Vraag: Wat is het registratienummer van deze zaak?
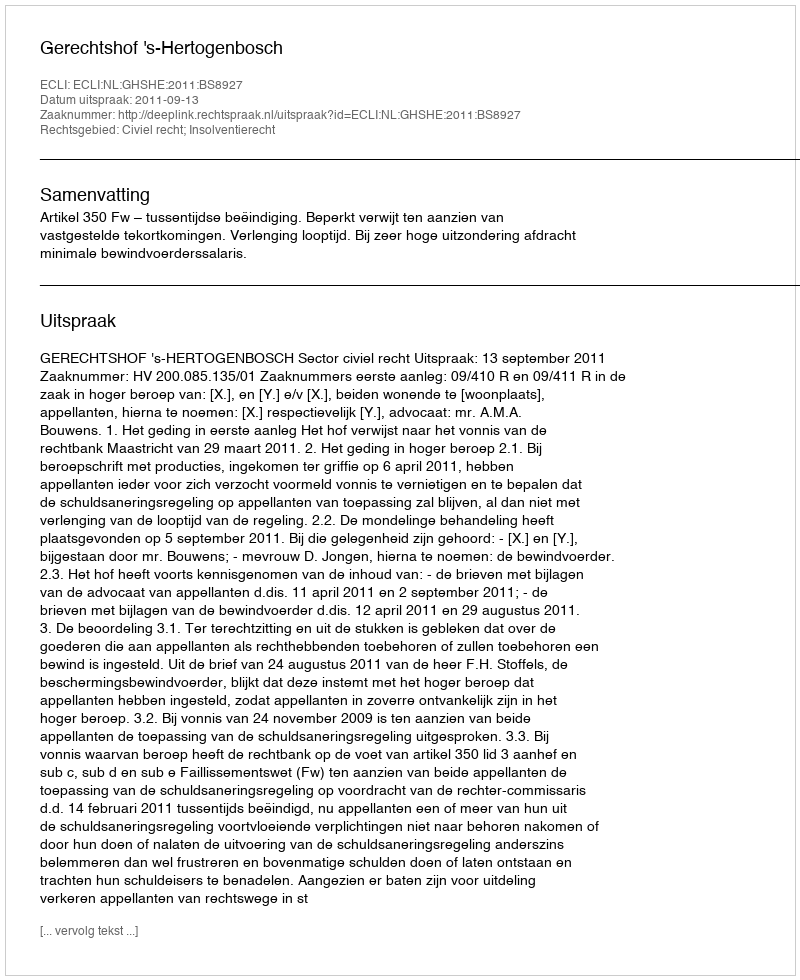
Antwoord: http://deeplink.rechtspraak.nl/uitspraak?id=ECLI:NL:GHSHE:2011:BS8927